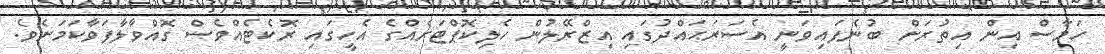
ހަމާސް އިން އިތުރަށް ބުނެފައިވަނީ އެސަރަޙައްދުގައި އިޒްރޭލުން ހެލިކޮޕްޓަރެއްގެ އެހީގައި ރޮކެޓެއްވެސް ގޮއްވާލާފަވާކަމަށެވެ.